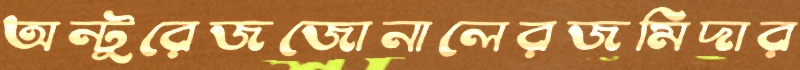
অন্টুরেজজোনালেরজমিদার